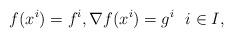
LaTeX: \begin{align*}f(x^i) = f^i, \nabla f(x^i) = g^i \ \ i\in I,\end{align*}